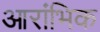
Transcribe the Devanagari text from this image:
आरांभिक